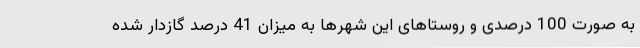
به صورت 100 درصدی و روستاهای این شهرها به میزان 41 درصد گازدار شده